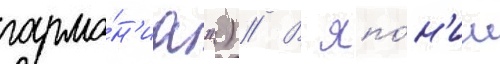
гармо́н'иа") // В япо́н'ии